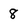
Character: 8